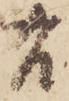
右